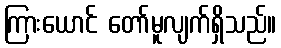
ကြားယောင် တော်မူလျက်ရှိသည်။